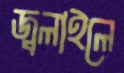
জ্বলাইলে